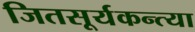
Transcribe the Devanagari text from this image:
जितसूर्यकन्त्या